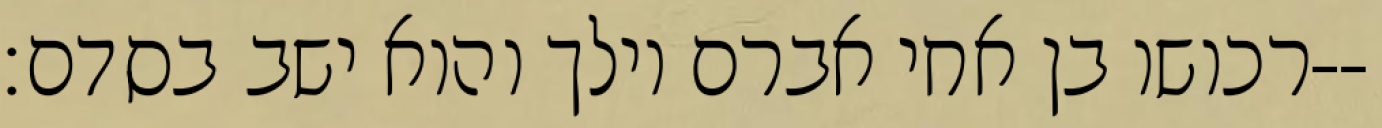
רכושו בן אחי אברם וילך והוא ישב בסדם׃--